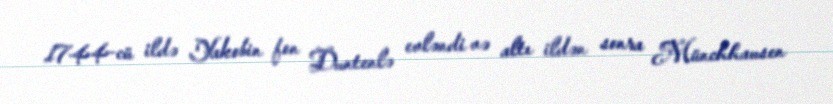
1744-cü ildə Yakobin fon Duntenlə evləndi və altı ildən sonra Münchhausen